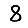
Digit: 8